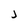
Character: j